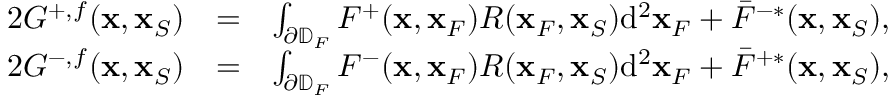
\begin{array} { r l r } { 2 G ^ { + , f } ( { \bf x } , { \bf x } _ { S } ) } & { = } & { \int _ { \partial \mathbb { D } _ { F } } F ^ { + } ( { \bf x } , { \bf x } _ { F } ) R ( { \bf x } _ { F } , { \bf x } _ { S } ) \mathrm { d } ^ { 2 } { \bf x } _ { F } + \bar { F } ^ { - * } ( { \bf x } , { \bf x } _ { S } ) , } \\ { 2 G ^ { - , f } ( { \bf x } , { \bf x } _ { S } ) } & { = } & { \int _ { \partial \mathbb { D } _ { F } } F ^ { - } ( { \bf x } , { \bf x } _ { F } ) R ( { \bf x } _ { F } , { \bf x } _ { S } ) \mathrm { d } ^ { 2 } { \bf x } _ { F } + \bar { F } ^ { + * } ( { \bf x } , { \bf x } _ { S } ) , } \end{array}